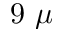
9 ~ \mu